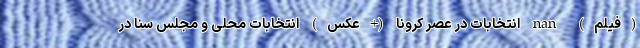
(فیلم) nan انتخابات در عصر کرونا (+عکس) انتخابات محلی و مجلس سنا در